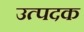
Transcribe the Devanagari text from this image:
उत्पदक